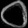
Digit: ၀